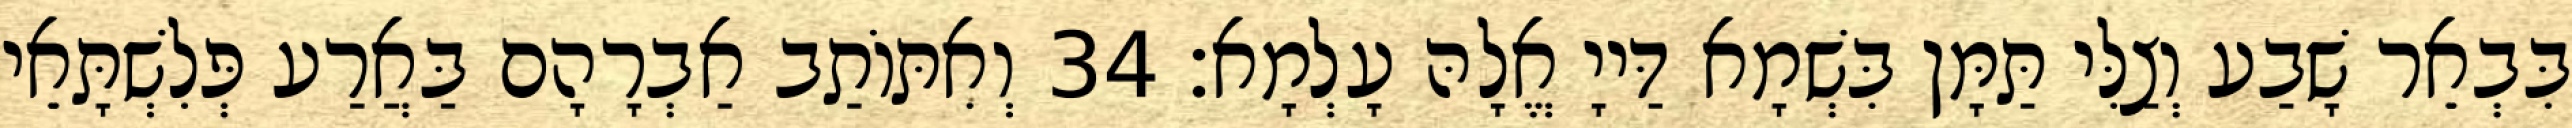
בִּבְאֵר שָׁבַע וְצַלִּי תַּמָּן בִּשְׁמָא דַּייָ אֱלָהּ עָלְמָא׃ 34 וְאִתּוֹתַב אַבְרָהָם בַּאֲרַע פְּלִשְׁתָּאֵי